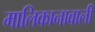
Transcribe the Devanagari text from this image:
मालिकानावाली